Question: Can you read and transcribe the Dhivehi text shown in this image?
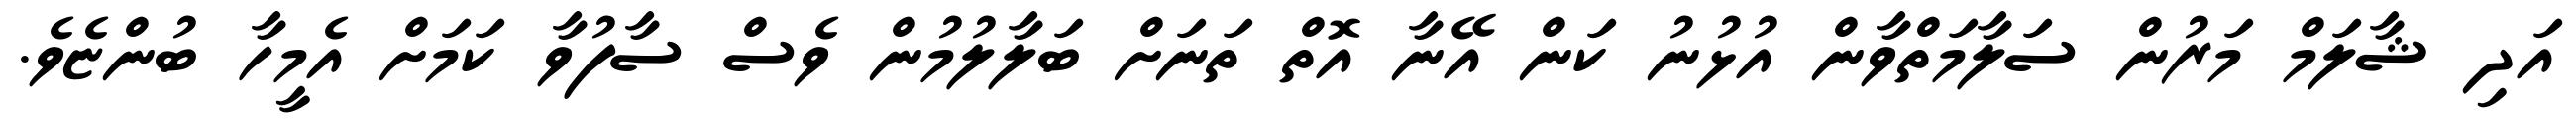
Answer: އަދި ޝާލަމް މަރުން ސަލާމަތްވާން އުޅުނު ކަން އޭނާ އޮތް ތަނަށް ބަލާލުމުން ވެސް ސާފުވާ ކަމަށް އެމީހާ ބުންޏެވެ.